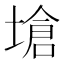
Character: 𪤇